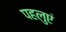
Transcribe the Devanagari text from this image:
पहलुएं